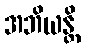
အဘိယန္တိ